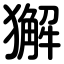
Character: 獬